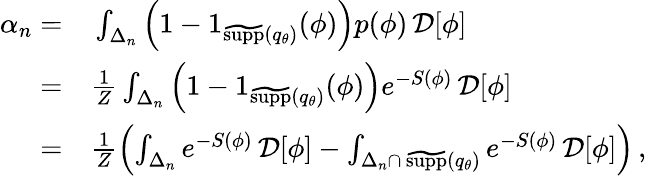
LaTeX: \begin{array}{rl}{\alpha_{n}=}&{{}\int_{\Delta_{n}}\left(1-1_{\widetilde{\textrm{supp}}({q}_{\theta})}(\phi)\right)p(\phi)\, \mathcal{D}[\phi]}\\ {=}&{{}\frac{1}{Z}\int_{\Delta_{n}}\left(1-1_{\widetilde{\textrm{supp}}({q}_{\theta})}(\phi)\right)e^{-S(\phi)}\, \mathcal{D}[\phi]}\\ {=}&{{}\frac{1}{Z}\left(\int_{\Delta_{n}}e^{-S(\phi)}\, \mathcal{D}[\phi]-\int_{{\Delta_{n}}\cap\, {\widetilde{\textrm{supp}}({q}_{\theta})}}e^{-S(\phi)}\, \mathcal{D}[\phi]\right)\, ,}\end{array}